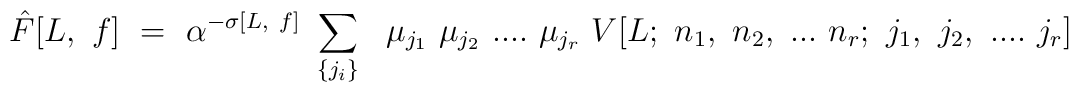
{\hat F[L,~f]}~=~ \alpha^{-\sigma[L,~f]}~\sum_{\{j_i\}}~~\mu_{j_1}~\mu_{j_2}~....~\mu_{j_r}~ V[L;~n_1,~n_2,~...~n_r;~ j_1,~j_2,~....~j_r]